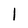
Character: l